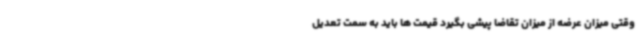
وقتی میزان عرضه از میزان تقاضا پیشی بگیرد قیمت ها باید به سمت تعدیل